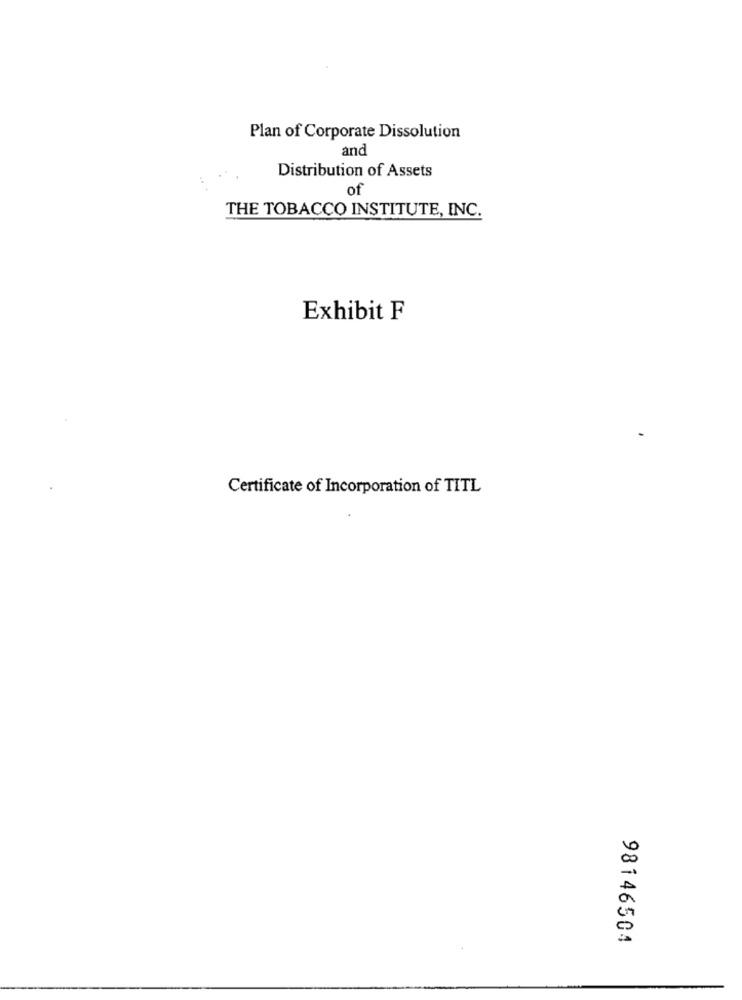
Plan of Corporate Dissolution
and
Distribution of Assets
of
THE TOBACCO INSTITUTE, INC.
Exhibit F
Certificate of Incorporation of TITL
98146504